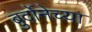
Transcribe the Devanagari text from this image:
बुर्दोनेच्या